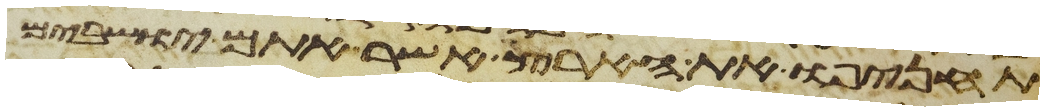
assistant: תחניפו את הארץ אשר אתם ישבים